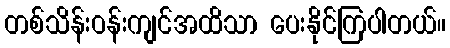
တစ်သိန်းဝန်းကျင်အထိသာ ပေးနိုင်ကြပါတယ်။